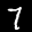
Label: 7